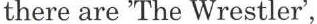
there are 'The Wrestler',